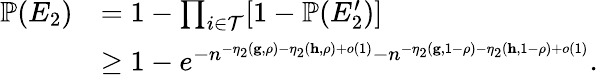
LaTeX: \begin{array}{rl}{{\mathbb P}(E_{2})}&{=1-\prod_{i\in\mathcal{T}}[1-{\mathbb P}(E_{2}^{\prime})]}\\ &{\geq 1-e^{-n^{-\eta_{2}(\mathbf{g},\rho)-\eta_{2}(\mathbf{h},\rho)+o(1)}-n^{-\eta_{2}(\mathbf{g},1-\rho)-\eta_{2}(\mathbf{h},1-\rho)+o(1)}}.}\end{array}